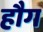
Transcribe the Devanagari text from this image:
हौग